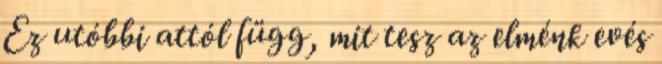
Ez utóbbi attól függ, mit tesz az elménk evés